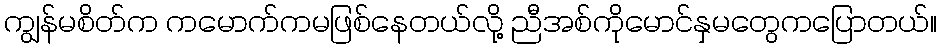
ကျွန်မစိတ်က ကမောက်ကမဖြစ်နေတယ်လို့ ညီအစ်ကိုမောင်နှမတွေကပြောတယ်။